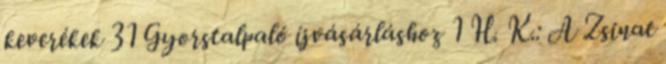
keverékek 31 Gyorstalpaló íjvásárláshoz 1 H. K.: A Zsinat